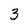
Character: 3